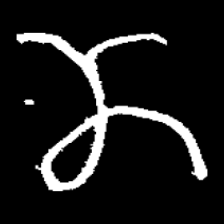
Pyu character \u2014 Myanmar letter: ဏ (romanized: nna)